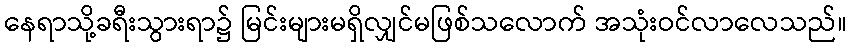
နေရာသို့ခရီးသွားရာ၌ မြင်းများမရှိလျှင်မဖြစ်သလောက် အသုံးဝင်လာလေသည်။